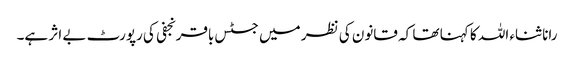
رانا ثناء اللہ کا کہنا تھا کہ قانون کی نظر میں جسٹس باقر نجفی کی رپورٹ بے اثر ہے۔